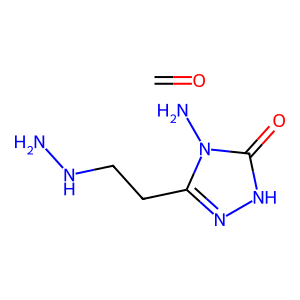
SMILES: C=O.NNCCc1n[nH]c(=O)n1N
Inhibits HIV replication: No